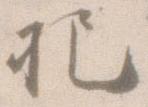
把